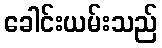
ခေါင်းယမ်းသည်